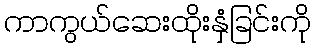
ကာကွယ်ဆေးထိုးနှံခြင်းကို